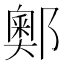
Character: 𨞓